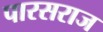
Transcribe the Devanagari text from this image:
पारसराज